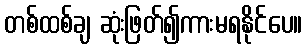
တစ်ထစ်ချ ဆုံးဖြတ်၍ကားမရနိုင်ပေ။